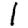
Digit: 1